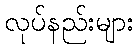
လုပ်နည်းများ